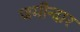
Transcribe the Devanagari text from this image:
जमीन्दार